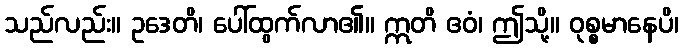
သည်လည်း။ ဥဒေတိ၊ ပေါ်ထွက်လာ၏။ ဣတိ ဧဝံ၊ ဤသို့။ ဝုစ္စမာနေပိ၊